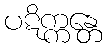
ပဋိက္ကန္တေ